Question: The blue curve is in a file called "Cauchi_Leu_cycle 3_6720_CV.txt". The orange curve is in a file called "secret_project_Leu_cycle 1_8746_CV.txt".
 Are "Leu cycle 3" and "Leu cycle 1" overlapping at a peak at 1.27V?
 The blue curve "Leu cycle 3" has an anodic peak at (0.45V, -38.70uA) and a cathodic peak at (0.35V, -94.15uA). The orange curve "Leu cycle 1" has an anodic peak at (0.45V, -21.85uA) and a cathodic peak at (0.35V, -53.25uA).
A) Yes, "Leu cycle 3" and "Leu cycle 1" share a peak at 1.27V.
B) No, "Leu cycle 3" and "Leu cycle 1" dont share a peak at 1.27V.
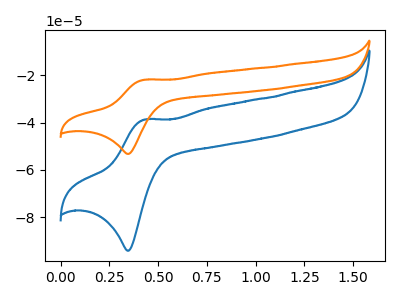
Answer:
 <answer>B) No, "Leu cycle 3" and "Leu cycle 1" dont share a peak at 1.27V.</answer>
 <eval>B</eval>